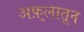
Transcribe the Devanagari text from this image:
अफ़्लातून